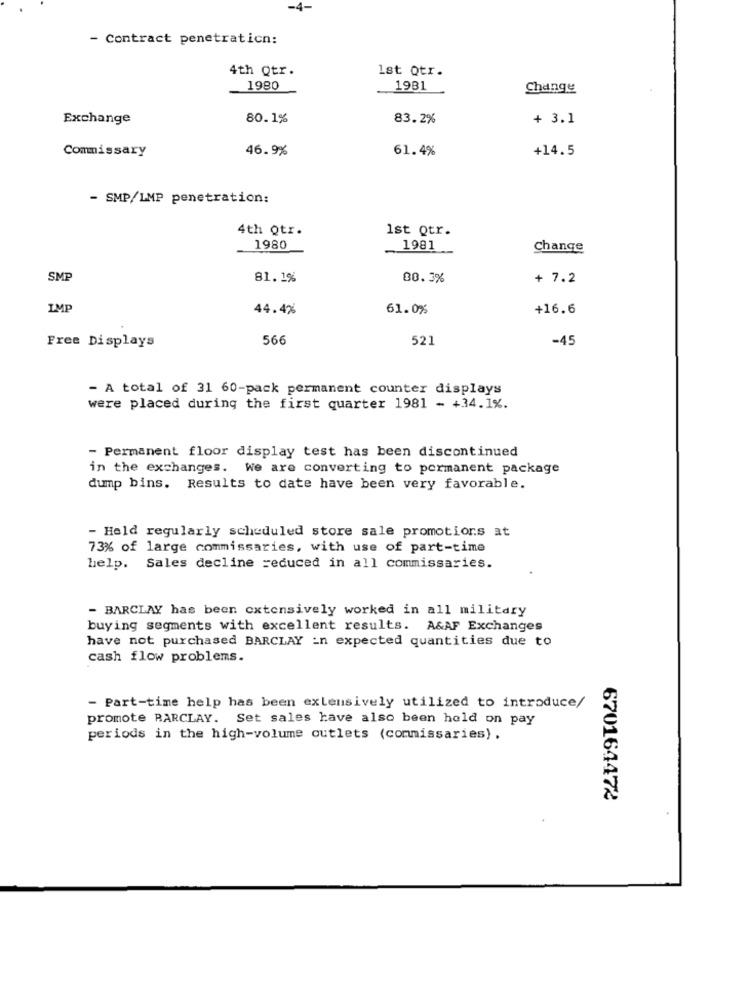
-4-
- Contract penetration:
4th Qtr.
Ist Qtr.
1980
1981
Change
Exchange
80.1%
83.2%
+ 3.1
46.9%
61.4%
+14.5
Commissary
- SMP/LMP penetration:
4th Qtr.
Ist Qtr.
1980
1981
Change
SMP
81.1%
80. 3%
+ 7.2
IMP
44.4%
61.0%
+16.6
566
521
-45
Free Displays
- A total of 31 60-pack permanent counter displays
were placed during the first quarter 1981 - +34.1%.
- Permanent floor display test has been discontinued
in the exchanges. We are converting to permanent package
dump bins. Results to date have been very favorable.
- Held regularly scheduled store sale promotions at
73% of large commissaries, with use of part-time
help. Sales decline reduced in all commissaries.
- BARCLAY has been extensively worked in all military
buying segments with excellent results. A&AF Exchanges
have not purchased BARCLAY in expected quantities due to
cash flow problems.
- Part-time help has been extensively utilized to introduce/
promote BARCLAY. Set sales have also been hold on pay
periods in the high-volume outlets (commissaries).
670164472